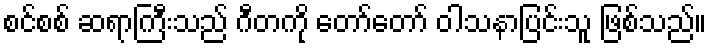
စင်စစ် ဆရာကြီးသည် ဂီတကို တော်တော် ဝါသနာပြင်းသူ ဖြစ်သည်။